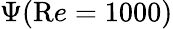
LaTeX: \Psi({\mathrm Re}=1000)